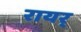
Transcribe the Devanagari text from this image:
रायर्